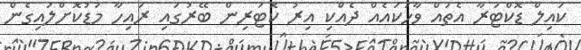
ކައިލް ޑޮކްޓަރާ އެތައް ވާހަކައެއް ދެއްކި އިރު ކޮޓަރިން ބޭރުގައި ރައިހާ މަޑުކޮށްލައިގެން